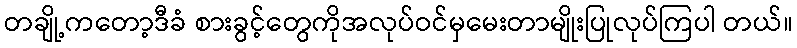
တချို့ကတော့ဒီခံ စားခွင့်တွေကိုအလုပ်ဝင်မှမေးတာမျိုးပြုလုပ်ကြပါ တယ်။